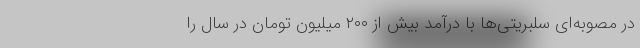
در مصوبه‌ای سلبریتی‌ها با درآمد بیش از ٢٠٠ میلیون تومان در سال را